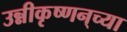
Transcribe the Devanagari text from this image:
उन्नीकृष्णन्‌च्या